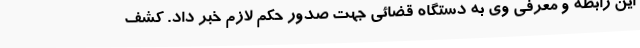
این رابطه و معرفی وی به دستگاه قضائی جهت صدور حکم لازم خبر داد. کشف